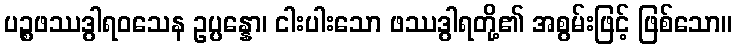
ပဉ္စဖဿဒွါရဝသေန ဥပ္ပန္နော၊ ငါးပါးသော ဖဿဒွါရတို့၏ အစွမ်းဖြင့် ဖြစ်သော။